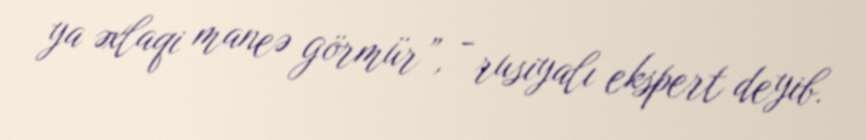
ya əxlaqi maneə görmür”, - rusiyalı ekspert deyib.